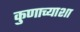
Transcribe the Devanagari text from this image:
कुणाच्याशा